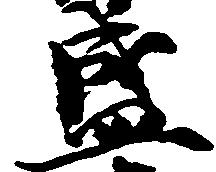
盛